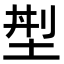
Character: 𡌁